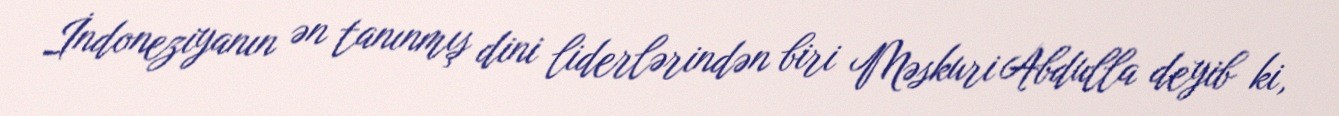
İndoneziyanın ən tanınmış dini liderlərindən biri Məskuri Abdulla deyib ki,